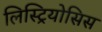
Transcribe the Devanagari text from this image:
लिस्ट्रियोसिस